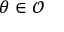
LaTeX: \theta \in { \mathcal { O } }